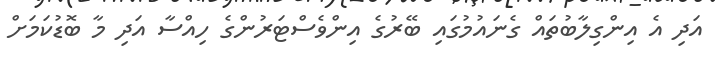
އަދި އެ އިންގިލާބުތައް ގެނައުމުގައި ބޭރުގެ އިންވެސްޓަރުންގެ ހިއްސާ އަދި މާ ބޮޑުކަމަށް